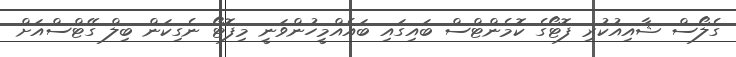
ގެލޯސް ޝާއިއުކުރި ފޮޓޯގެ ކޮމެންޓްސް ބައިގައި ބައެއްމީހުންވަނީ މިފޮޓޯ ނެގިކަން ބިލް ގޭޓްސްއަށް